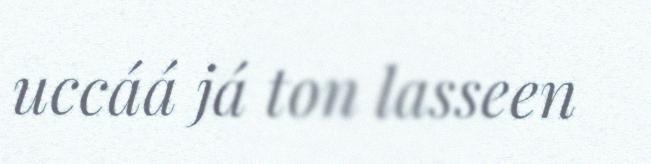
uccáá já ton lasseen